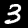
Label: 3